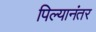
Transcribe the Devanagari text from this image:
पिल्यानंतर